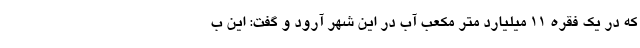
که در یک فقره ۱۱ میلیارد متر مکعب آب در این شهر آرود و گفت: این ب